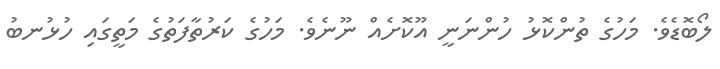
ލޯބޮޑެވެ. މަހުގެ ތުންކޮޅު ހުންނަނީ އޫކޮށެއް ނޫނެވެ. މަހުގެ ކަރުތާފަތުގެ މަތީގައި ހުޅުނބު